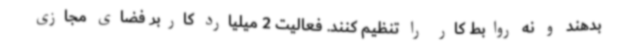
بدهند و نه روابط کار را تنظیم کنند. فعالیت 2 میلیارد کاربر فضای مجازی